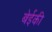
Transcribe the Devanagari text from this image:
बेईकी